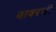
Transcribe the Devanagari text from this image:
बावरची